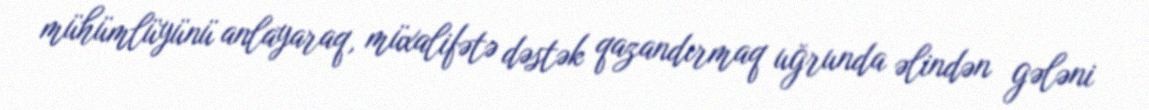
mühümlüyünü anlayaraq, müxalifətə dəstək qazandırmaq uğrunda əlindən gələni